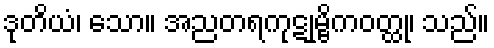
ဒုတိယံ၊ သော။ အညတရကုဋုမ္ဗိကဝတ္ထု၊ သည်။